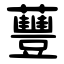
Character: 蘴